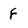
Character: f